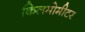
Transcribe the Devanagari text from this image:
किलमोमीटर